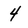
Character: 4